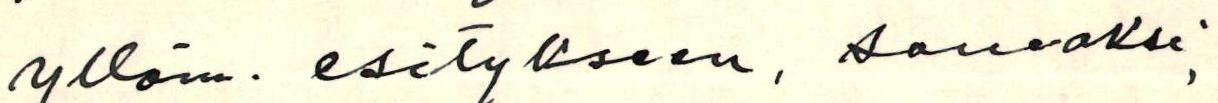
ylläm. esitykseen, seuraksi,